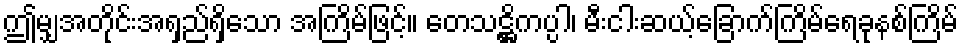
ဤမျှအတိုင်းအရှည်ရှိသော အကြိမ်ဖြင့်။ တေသဋ္ဌိကပ္ပါ၊ မီးငါးဆယ့်ခြောက်ကြိမ်ရေခုနစ်ကြိမ်